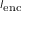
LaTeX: \scriptstyle I _ { \mathrm { e n c } }